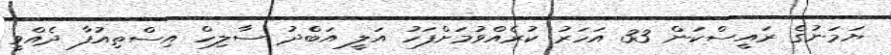
ޔަމަނުގެ ރައީސްކަން 33 އަހަރު ކުރެއްވުމަށްފަހު އަލީ އަބްދު ސާލިހް އިސްތިއުފާ ދެއްވީ